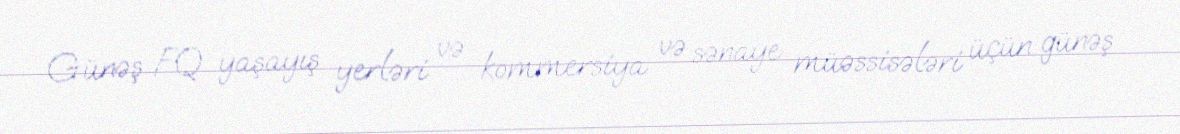
Günəş FQ yaşayış yerləri və kommersiya və sənaye müəssisələri üçün günəş